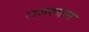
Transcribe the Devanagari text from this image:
राजश्थान